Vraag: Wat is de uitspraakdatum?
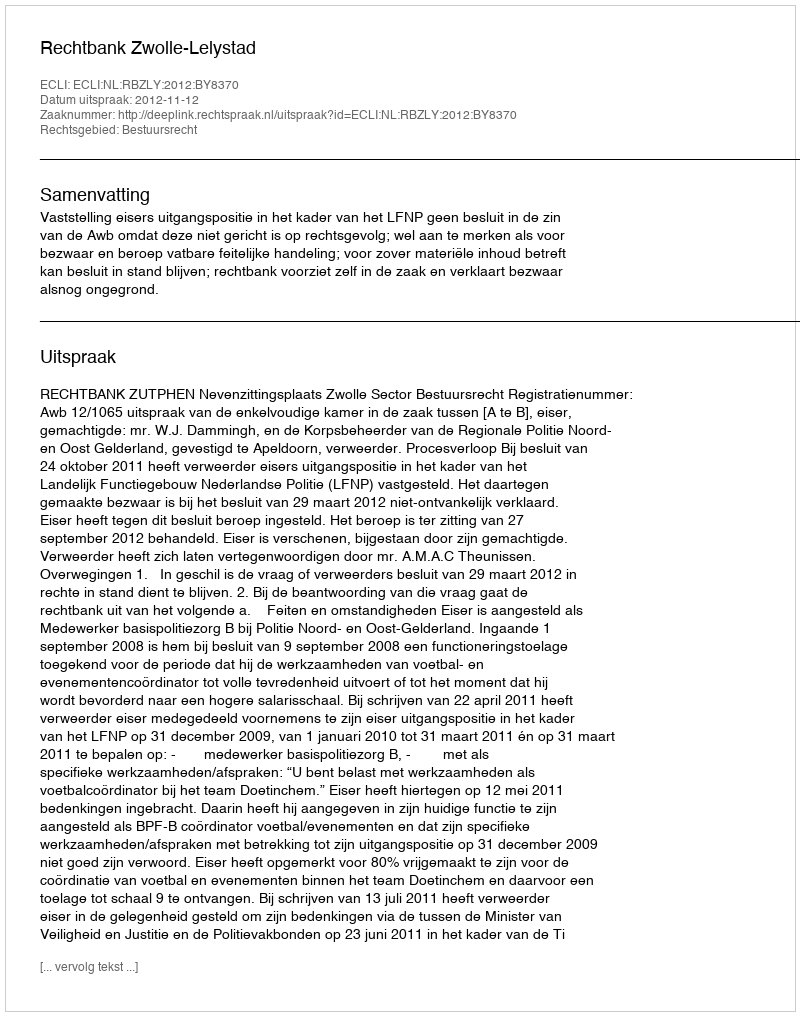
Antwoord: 2012-11-12